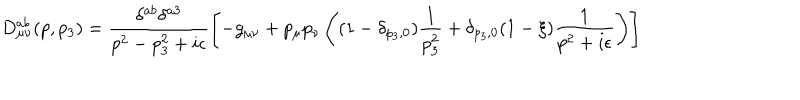
LaTeX: D _ { \mu \nu } ^ { a b } ( p , p _ { 3 } ) = \frac { \delta ^ { a b } \delta ^ { a 3 } } { p ^ { 2 } - p _ { 3 } ^ { 2 } + i \epsilon } \left[ - g _ { \mu \nu } + p _ { \mu } p _ { \nu } \left( ( 1 - \delta _ { p _ { 3 } , 0 } ) \frac { 1 } { p _ { 3 } ^ { 2 } } + \delta _ { p _ { 3 } , 0 } ( 1 - \xi ) \frac { 1 } { p ^ { 2 } + i \epsilon } \right) \right]